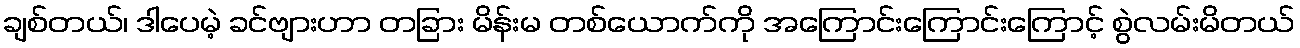
ချစ်တယ်၊ ဒါပေမဲ့ ခင်ဗျားဟာ တခြား မိန်းမ တစ်ယောက်ကို အကြောင်းကြောင်းကြောင့် စွဲလမ်းမိတယ်